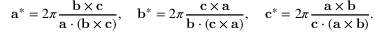
\mathbf { a } ^ { * } = 2 \pi { \frac { \mathbf { b } \times \mathbf { c } } { \mathbf { a } \cdot ( \mathbf { b } \times \mathbf { c } ) } } , \quad \mathbf { b } ^ { * } = 2 \pi { \frac { \mathbf { c } \times \mathbf { a } } { \mathbf { b } \cdot ( \mathbf { c } \times \mathbf { a } ) } } , \quad \mathbf { c } ^ { * } = 2 \pi { \frac { \mathbf { a } \times \mathbf { b } } { \mathbf { c } \cdot ( \mathbf { a } \times \mathbf { b } ) } } .